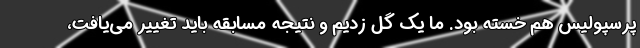
پرسپولیس هم خسته بود. ما یک گل زدیم و نتیجه مسابقه باید تغییر می‌یافت،